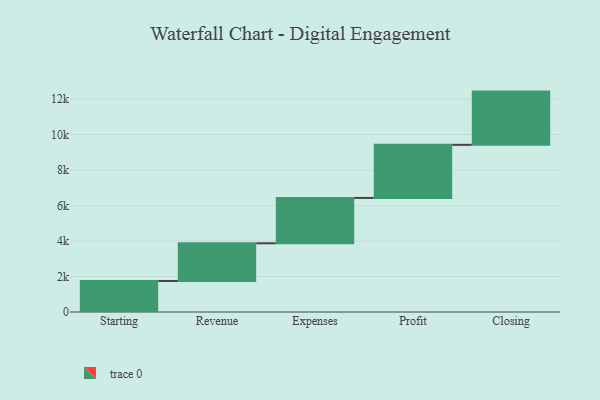
{"axis": {"x": "Step", "y": "Value"}, "legend": [""], "data": [{"x": "Starting", "y": 1749.0, "type": ""}, {"x": "Revenue", "y": 2124.0, "type": ""}, {"x": "Expenses", "y": 2557.0, "type": ""}, {"x": "Profit", "y": 2995.0, "type": ""}, {"x": "Closing", "y": 3000, "type": ""}]}